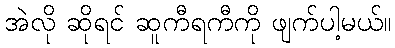
အဲလို ဆိုရင် ဆူကီရကီကို ဖျက်ပါ့မယ်။